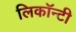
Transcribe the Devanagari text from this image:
लिकॉन्टी